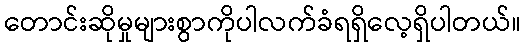
တောင်းဆိုမှုများစွာကိုပါလက်ခံရရှိလေ့ရှိပါတယ်။